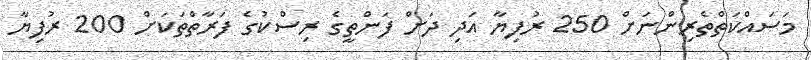
މަސައްކަތްތެރިންނަށް 250 ރުފިޔާ އަދި ދަށް ފަންތީގެ ރިސްކުގެ ފަރާތްތަކަށް 200 ރުފިޔާ